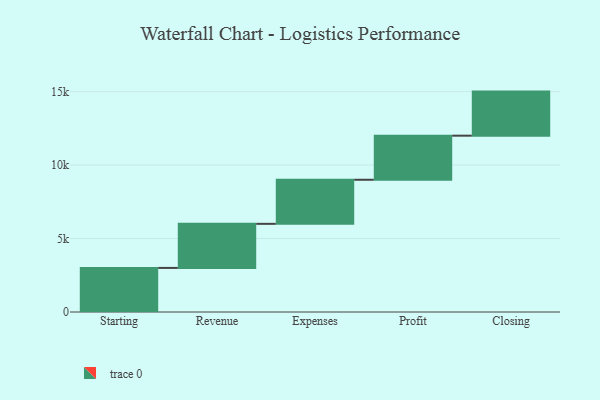
{"axis": {"x": "Step", "y": "Value"}, "legend": [""], "data": [{"x": "Starting", "y": 3000, "type": ""}, {"x": "Revenue", "y": 3000, "type": ""}, {"x": "Expenses", "y": 3000, "type": ""}, {"x": "Profit", "y": 3000, "type": ""}, {"x": "Closing", "y": 3000, "type": ""}]}